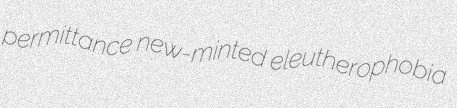
permittance new-minted eleutherophobia